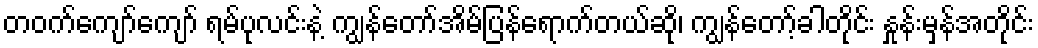
တဝက်ကျော်ကျော် ရမ်ပုလင်းနဲ့ ကျွန်တော်အိမ်ပြန်ရောက်တယ်ဆို၊ ကျွန်တော့်ခါတိုင်း နှုန်းမှန်အတိုင်း